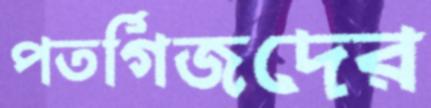
পতর্গিজদের